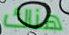
هناك